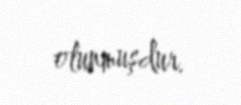
olunmuşdur.